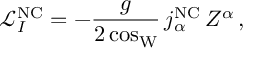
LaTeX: \mathcal { L } _ { I } ^ { \mathrm { N C } } = - \frac { g } { 2 \cos _ { \mathrm { W } } } \, j _ { \alpha } ^ { \mathrm { N C } } \, Z ^ { \alpha } \, ,